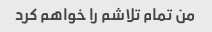
من تمام تلاشم را خواهم کرد